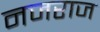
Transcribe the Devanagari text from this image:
नजराज